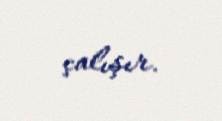
çalışır.